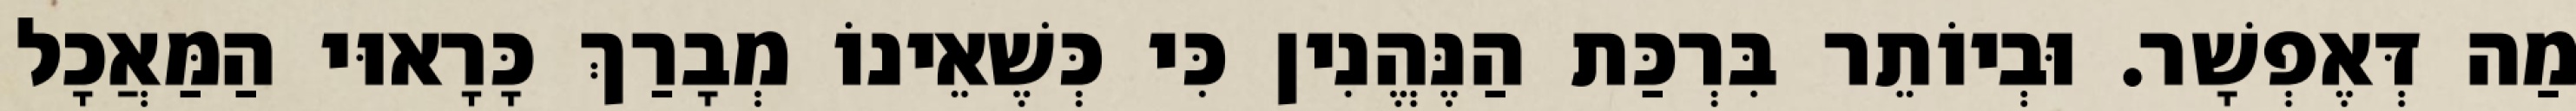
מַה דְּאֶפְשָׁר. וּבְיוֹתֵר בִּרְכַּת הַנֶּהֱנִין כִּי כְּשֶׁאֵינוֹ מְבָרַךְ כָּרָאוּי הַמַּאֲכָל